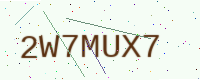
Text: 2W7MUX7